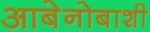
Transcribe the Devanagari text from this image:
आबेनोबाशी